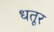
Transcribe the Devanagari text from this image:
धतूर